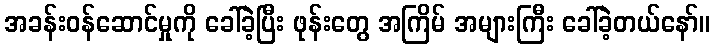
အခန်းဝန်ဆောင်မှုကို ခေါ်ခဲ့ပြီး ဖုန်းတွေ အကြိမ် အများကြီး ခေါ်ခဲ့တယ်နော်။